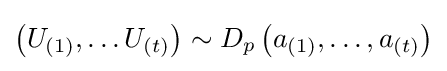
\left(U_{(1)},\ldots U_{(t)}\right)\sim D_{p}\left(a_{(1)},\ldots ,a_{(t)}\right)